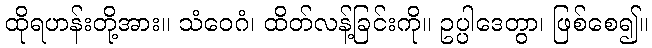
ထိုရဟန်းတို့အား။ သံဝေဂံ၊ ထိတ်လန့်ခြင်းကို။ ဥပ္ပါဒေတွာ၊ ဖြစ်စေ၍။